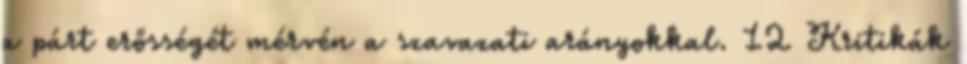
a párt erősségét mérvén a szavazati arányokkal. 12 Kritikák